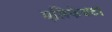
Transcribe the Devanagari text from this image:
एलिफेण्टा